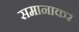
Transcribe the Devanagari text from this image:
समानाकर